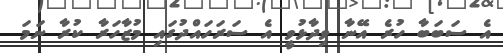
އެ ސަބަބާ ހުރެ އޭނާ ވިދާޅުވީ އެ ސަރަހައްދުގައި މުޒާހަރާ ކުރާ ނަމަ